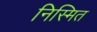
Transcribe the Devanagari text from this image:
निस्मित